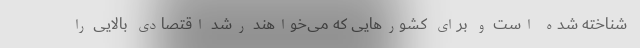
شناخته شده است و برای کشورهایی که می‌خواهند رشد اقتصادی بالایی را